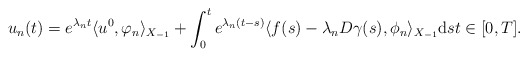
\begin{align*} u_{n}(t) = e^{\lambda_{n} t} \langle u^{0}, \varphi_{n}\rangle_{X_{-1}} + \int_{0}^{t} e^{\lambda_{n} (t - s)} \langle f(s) - \lambda_{n} D \gamma(s), \phi_{n}\rangle_{X_{-1}} \mathrm{d}s t \in [0, T]. \end{align*}